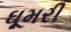
ઘૂમરી